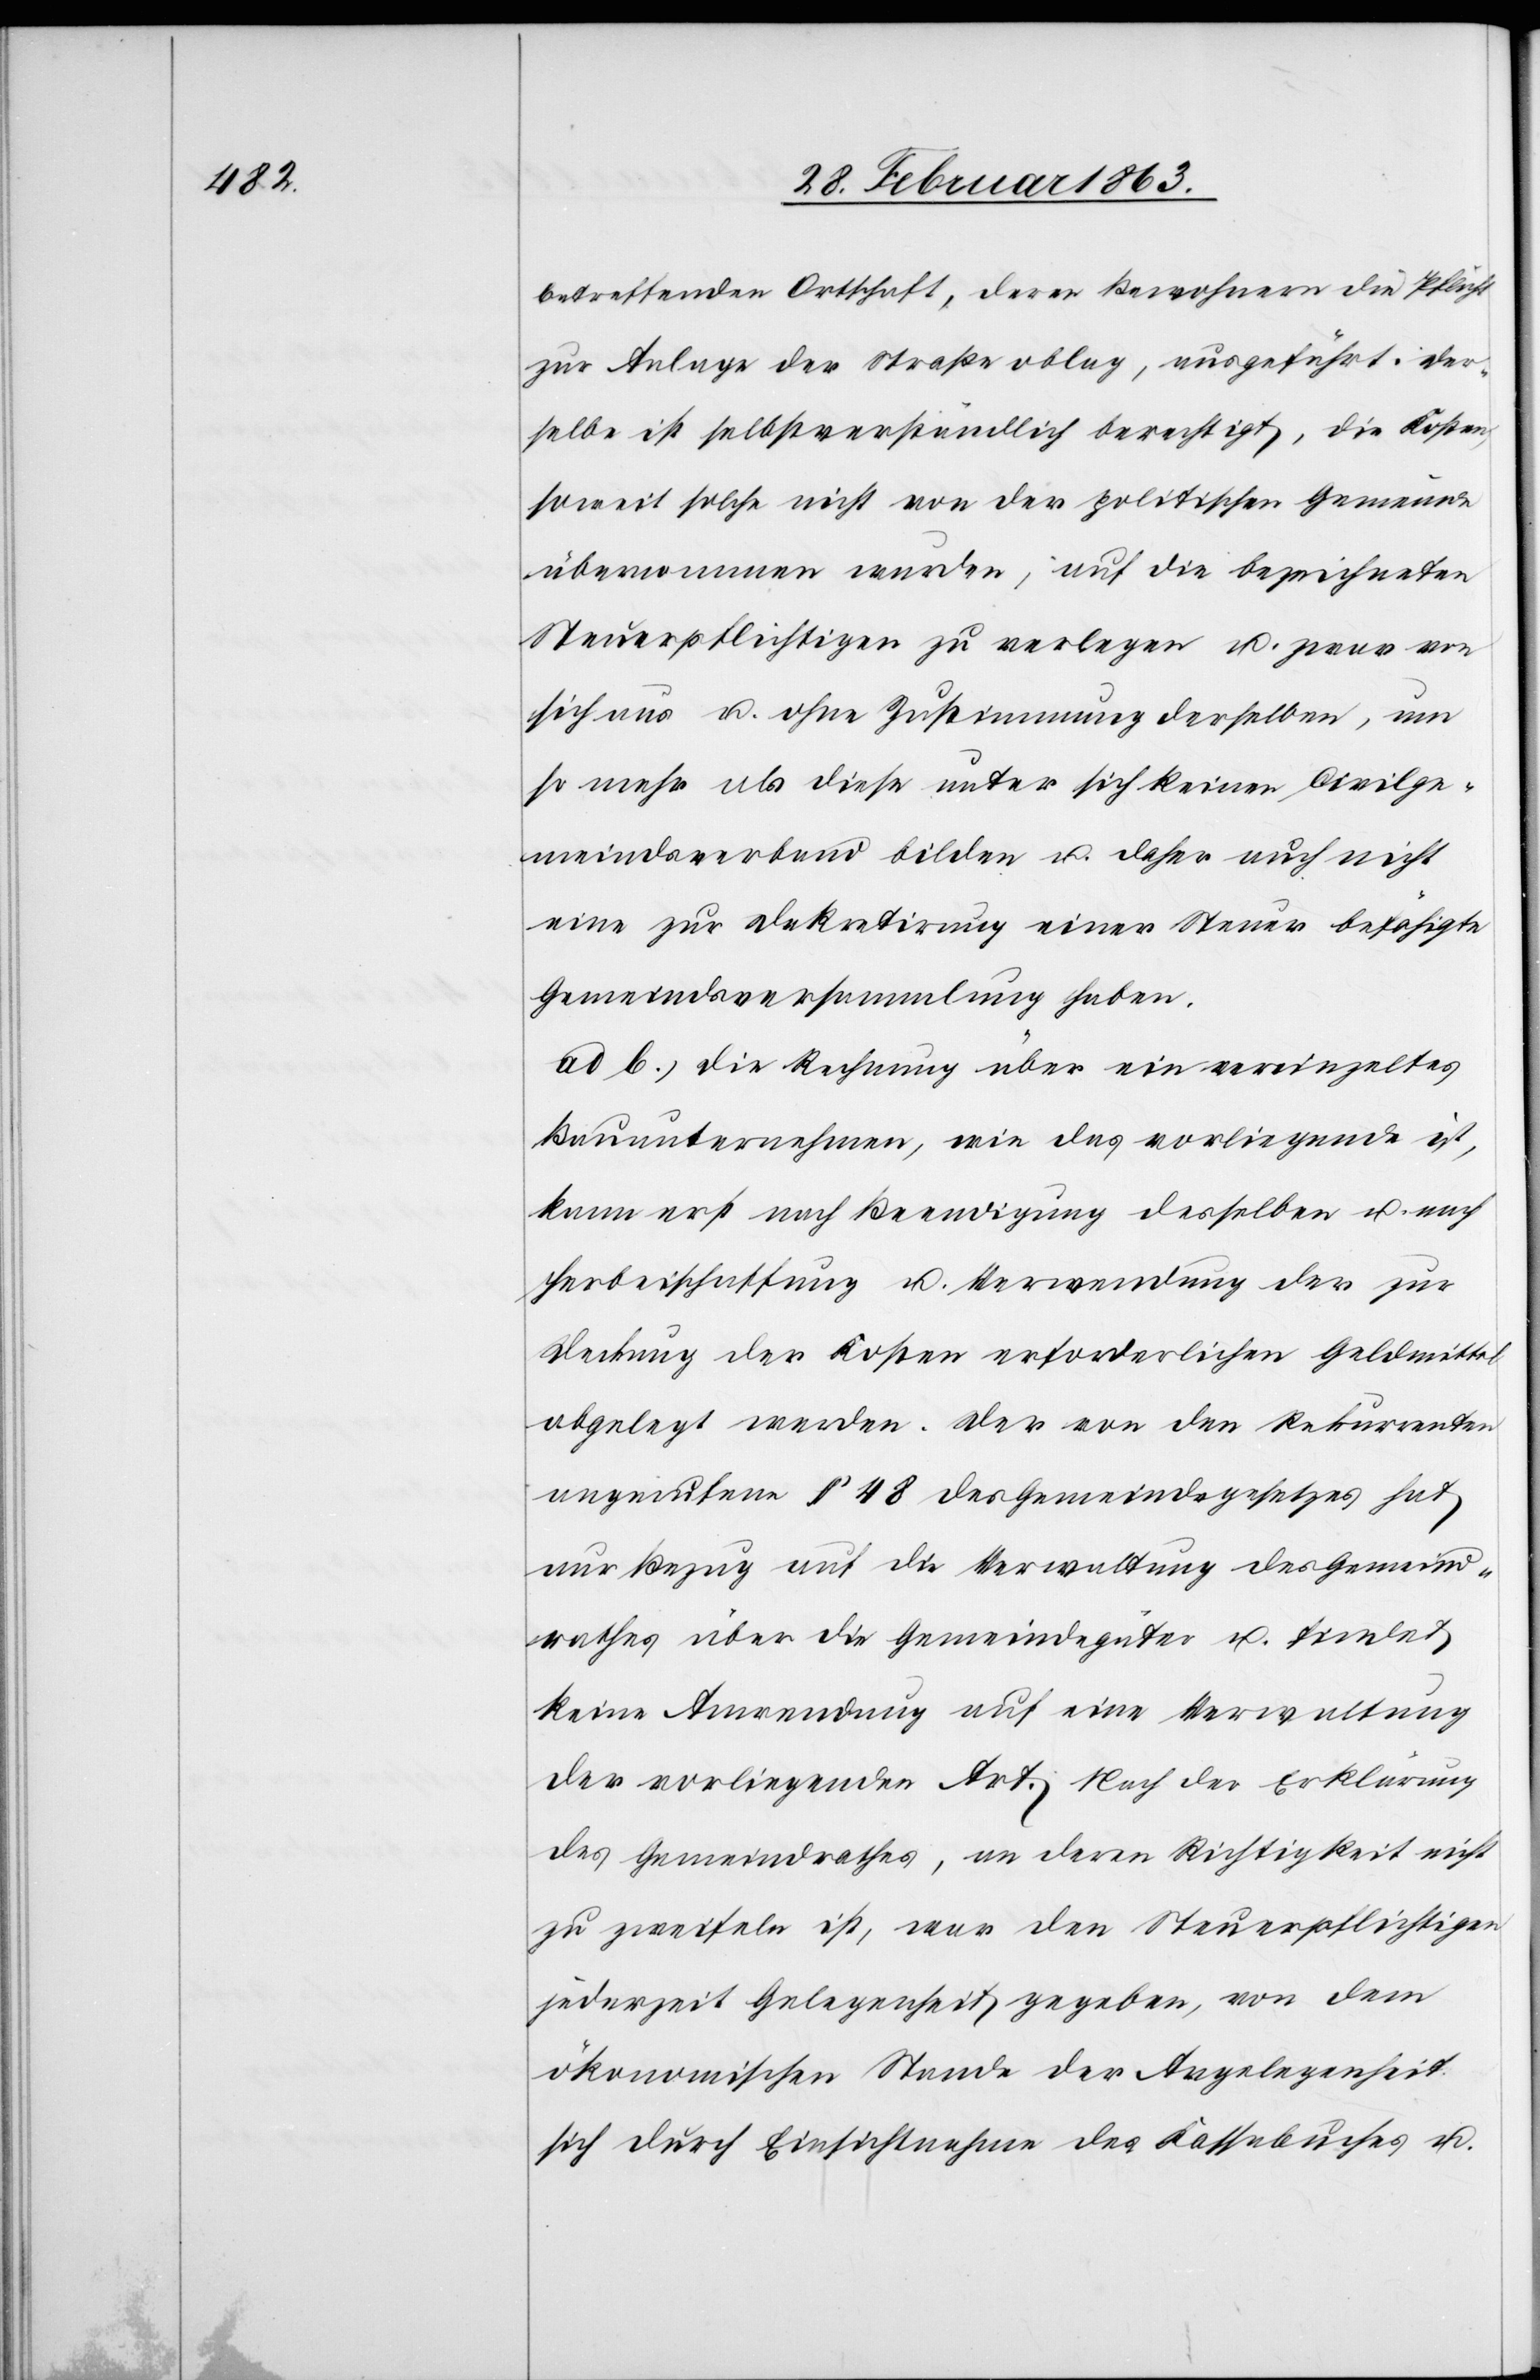
betreffenden Ortschaft, deren Bewohner die Pflicht
zur Anlage der Straße oblag, ausgeführt. Der¬
selbe ist selbstverständlich berechtigt, die Kosten
soweit solche nicht von der politischen Gemeinde
übernommen wurden, auf die bezeichneten
Steuerpflichtigen zu verlegen u. zwar von
sich aus u. ohne Zustimmung derselben, um
so mehr als diese unter sich keinen Civilge¬
meindsverband bilden u. daher auch nicht
eine zur Dekretirung einer Steuer befähigte
Gemeindsversammlung haben.
ad b. Die Rechnung über ein vereinzeltes
Bauunternehmen, wie das vorliegende ist,
kann erst nach Beendigung desselben u. nach
Herbeischaffung u. Verwendung der zur
Deckung der Kosten erforderlichen Geldmittel
abgelegt werden. Der von den Rekurrenten
angerufene § 48 des Gemeindegesetzes hat
nur Bezug auf die Verwaltung des Gemeind¬
rathes über die Gemeindegüter u. findet
keine Anwendung auf eine Verwaltung
der vorliegenden Art. Nach der Erklärung
des Gemeindrathes, an deren Richtigkeit nicht
zu zweifeln ist, war den Steuerpflichtigen
jederzeit Gelegenheit gegeben, von dem
ökonomischen Stande der Angelegenheit
sich durch Einsichtnahme des Kassabuches u.